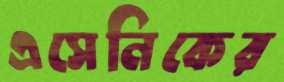
এসেনিকের